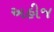
અહીજ